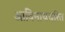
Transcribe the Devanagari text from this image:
आविनाथचरित